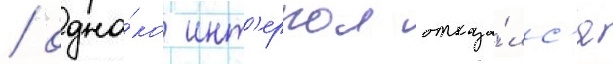
/ одна́ко инт'ерпол отказа́лс'я